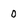
Character: 0